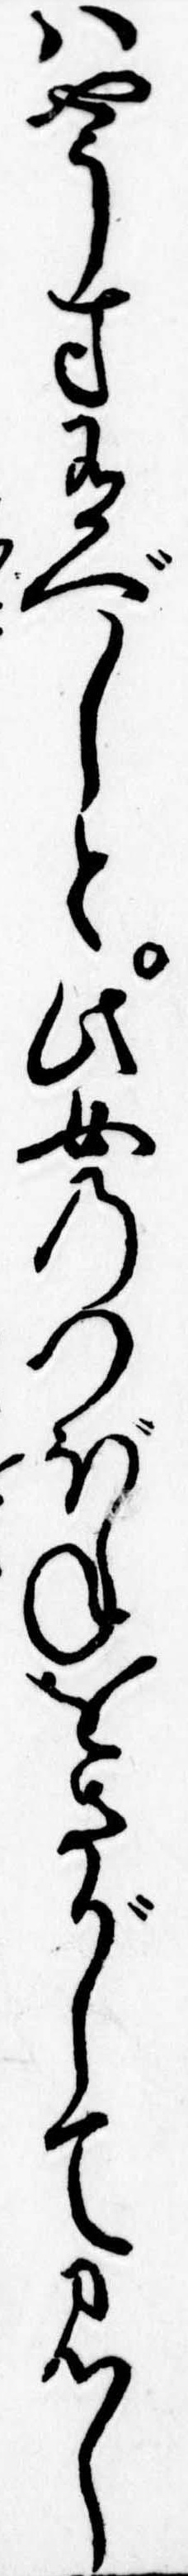
はやうす有べしと此女のつぼねをさがして見し